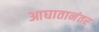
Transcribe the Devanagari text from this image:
आघातानंतर